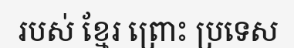
របស់ ខ្មែរ ព្រោះ ប្រទេស